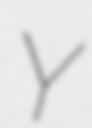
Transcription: Y